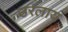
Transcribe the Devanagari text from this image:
उरलाय